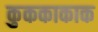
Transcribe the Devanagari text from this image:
कुककाकाक